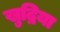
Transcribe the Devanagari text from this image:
खुद्रिया